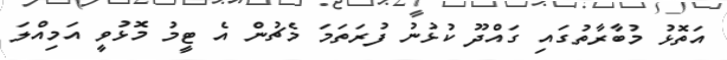
އަތޮޅު މުބާރާތުގައި ގައްދޫ ކުޅުނު ފުރަތަމަ މެޗުން އެ ޓީމު މޮޅުވީ އަމިއްލަ